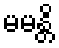
မမန္တိ